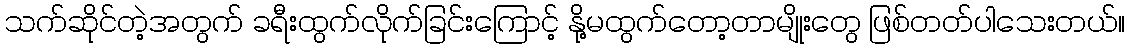
သက်ဆိုင်တဲ့အတွက် ခရီးထွက်လိုက်ခြင်းကြောင့် နို့မထွက်တော့တာမျိုးတွေ ဖြစ်တတ်ပါသေးတယ်။